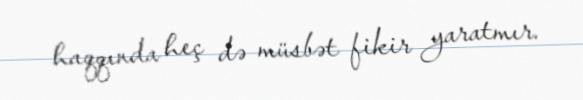
haqqında heç də müsbət fikir yaratmır.